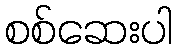
စစ်ဆေးပါ